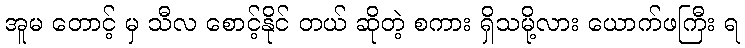
အူမ တောင့် မှ သီလ စောင့်နိုင် တယ် ဆိုတဲ့ စကား ရှိသမို့လား ယောက်ဖကြီး ရ